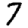
Digit: 7